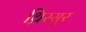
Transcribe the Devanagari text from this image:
थ्रिस्सुर